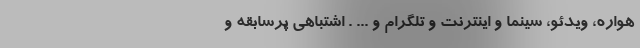
هواره، ویدئو، سینما و اینترنت و تلگرام و ... . اشتباهی پرسابقه و